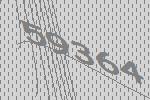
59364